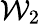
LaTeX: \mathcal{W}_{2}